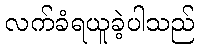
လက်ခံရယူခဲ့ပါသည်